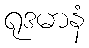
ရုဒမာနံ